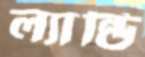
ল্যান্ডি